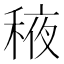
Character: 𬓰